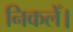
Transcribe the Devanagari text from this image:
निकलेँ।